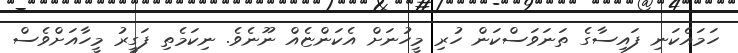
ހަމައެކަނި ފައިސާގެ ތަނަވަސްކަން ހުރި މީހުނަށް އެކަންޏެއް ނޫނެވެ. ނިކަމެތި ފަގީރު މީހާއަށްވެސް